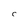
Character: C